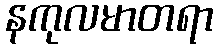
နကုလမာတရာ